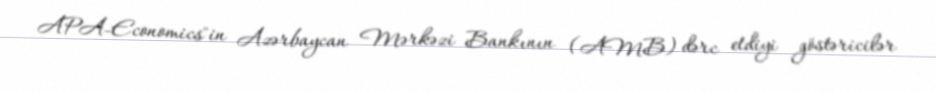
APA-Economics"in Azərbaycan Mərkəzi Bankının (AMB) dərc etdiyi göstəricilər